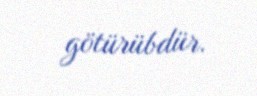
götürübdür.